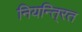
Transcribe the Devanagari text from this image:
नियन्ति्रत